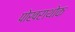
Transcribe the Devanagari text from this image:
पोखराथोक